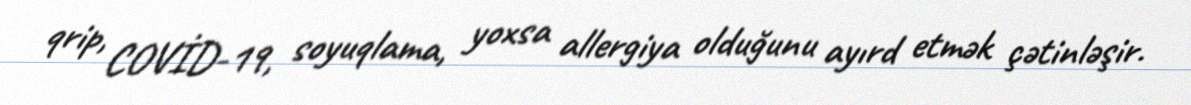
qrip, COVİD-19, soyuqlama, yoxsa allergiya olduğunu ayırd etmək çətinləşir.